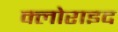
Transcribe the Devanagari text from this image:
क्लोराइद